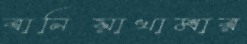
বানিয়াখামার